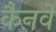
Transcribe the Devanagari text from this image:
कैनवे